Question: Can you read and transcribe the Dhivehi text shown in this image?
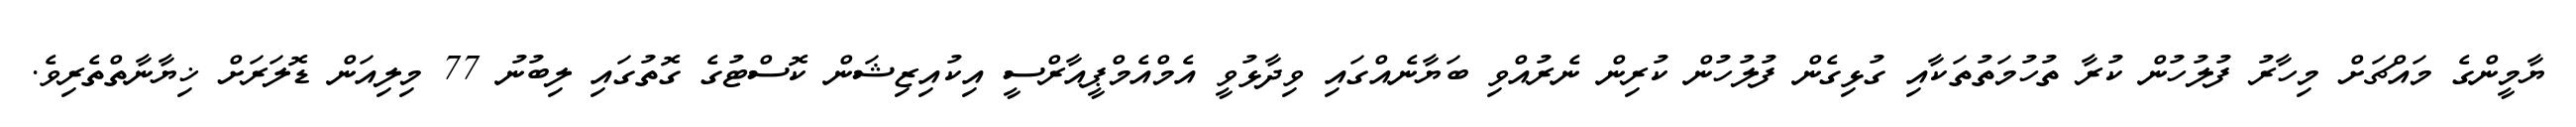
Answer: ޔާމީންގެ މައްޗަށް މިހާރު ފުލުހުން ކުރާ ތުހުމަތުތަކާއި ގުޅިގެން ފުލުހުން ކުރިން ނެރުއްވި ބަޔާނެއްގައި ވިދާޅުވީ އެމްއެމްޕީއާރްސީ އިކުއިޒިޝަން ކޮސްޓުގެ ގޮތުގައި ލިބުނު 77 މިލިއަން ޑޮލަރަށް ޚިޔާނާތްތެރިވެ.